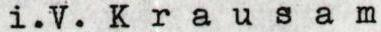
i.V.Krausam